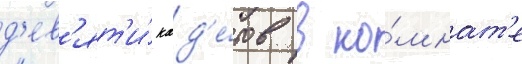
д'ев'ят'и́ кад'е́тов в ко́мнат'е